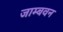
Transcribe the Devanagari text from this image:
जाम्बवन